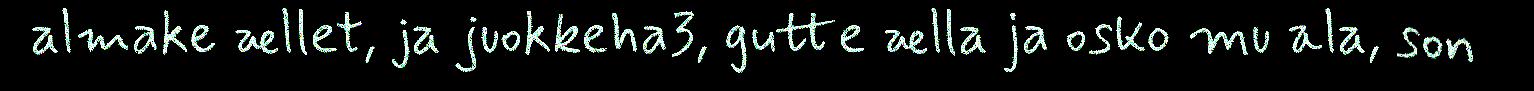
almake ællet, ja juokkeha3, gutte ælla ja osko mu ala, son